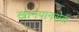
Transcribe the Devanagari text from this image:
खानपानसेवा